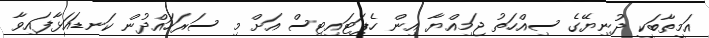
އަމީތާބަކީ ދުނިޔޭގެ ސިއްހަތު ޖަމިއްޔާ އިން ހެޕަޓައިޓިސް އަށް މި ސަރަހައްދުން ކަނޑައަޅާފައިވާ